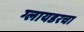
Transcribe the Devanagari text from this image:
ग्लायडरचा